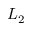
L _ { 2 }